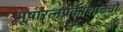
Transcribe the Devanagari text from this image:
भूषारत्नप्रकाशाढ्यो